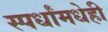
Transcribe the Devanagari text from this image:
स्पर्धांमधेही